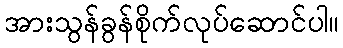
အားသွန်ခွန်စိုက်လုပ်ဆောင်ပါ။